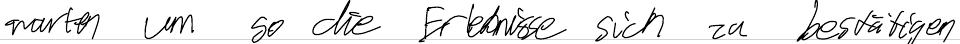
warten um so die Erlebnisse sich zu bestätigen